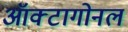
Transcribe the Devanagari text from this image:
ऑक्टागोनल